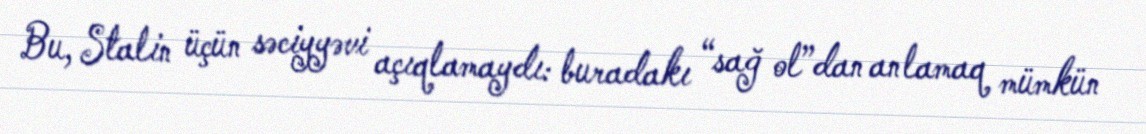
Bu, Stalin üçün səciyyəvi açıqlamaydı: buradakı “sağ ol”dan anlamaq mümkün